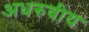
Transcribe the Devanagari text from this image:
अधरुवीय